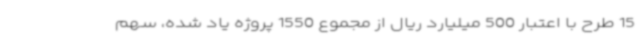
15 طرح با اعتبار 500 میلیارد ریال از مجموع 1550 پروژه یاد شده، سهم